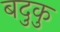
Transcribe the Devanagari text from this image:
बदुकु